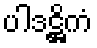
ပါဒဋ္ဌိကံ